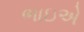
ભાઇએ